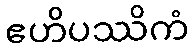
ဧဟိပဿိကံ